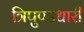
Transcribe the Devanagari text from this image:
त्रिपुण्डधारी